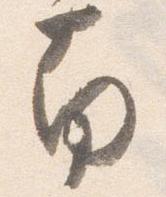
南